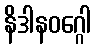
နိဒါနဝဂ္ဂေါ